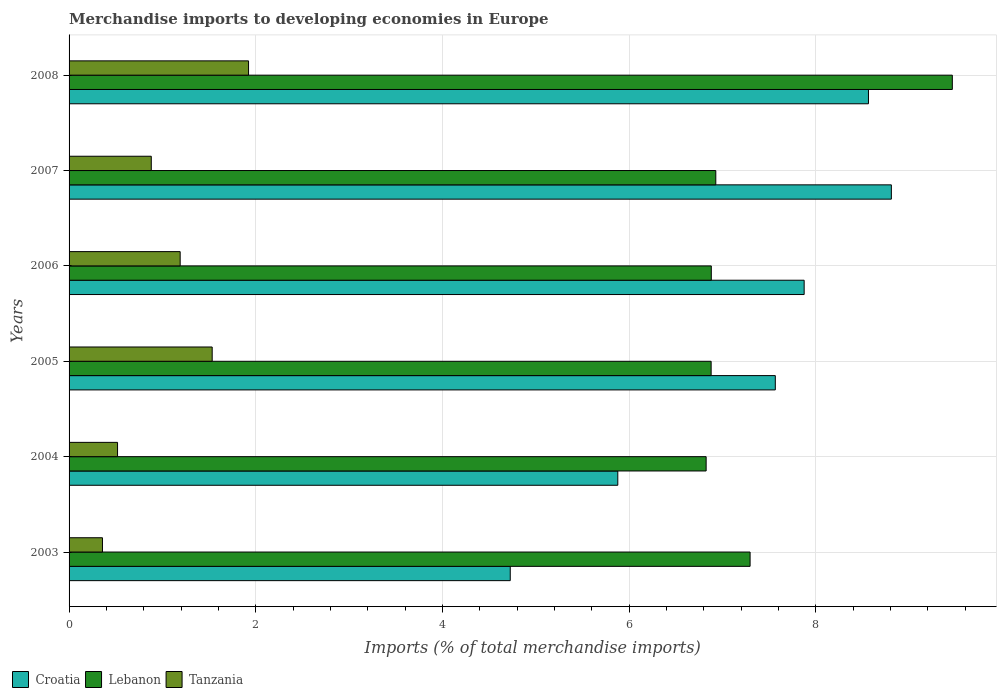
| Years | Croatia | Lebanon | Tanzania |
 | --- | --- | --- | --- |
 | 2003 | 4.73 | 7.3 | 0.358 |
 | 2004 | 5.88 | 6.82 | 0.519 |
 | 2005 | 7.57 | 6.88 | 1.53 |
 | 2006 | 7.87 | 6.88 | 1.19 |
 | 2007 | 8.81 | 6.93 | 0.881 |
 | 2008 | 8.56 | 9.46 | 1.92 |